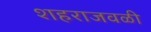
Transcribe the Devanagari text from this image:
शहराजवळी